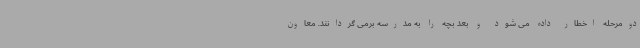
دومرحله اخطار داده می شود و بعد بچه را به مدرسه برمی گردانند. معاون